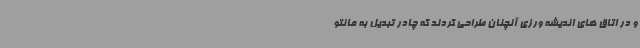
و در اتاق های اندیشه ورزی آنچنان طراحی کردند که چادر تبدیل به مانتو